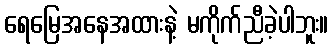
ရေမြေအနေအထားနဲ့ မကိုက်ညီခဲ့ပါဘူး။